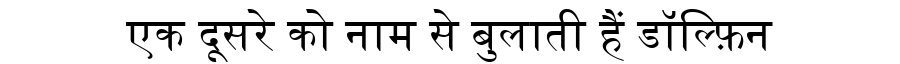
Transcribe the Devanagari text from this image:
एक दूसरे को नाम से बुलाती हैं डॉल्फ़िन